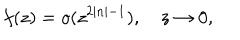
f ( z ) = o ( z ^ { 2 \left| n \right| - 1 } ) , \quad z \rightarrow 0 ,